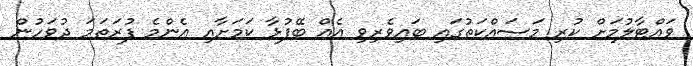
ވައްޓާލުމަށް ކުރި މަސައްކަތުގައި ބައިވެރިވި އެއް ބޭފުޅާ ކަމަށާއި އެންމެ ފުރަތަމަ ދުވަހުން